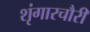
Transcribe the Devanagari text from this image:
शृंगारचौरी